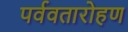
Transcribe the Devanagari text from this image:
पर्ववतारोहण